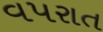
વપરાત